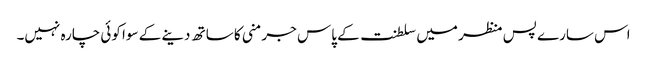
اس سارے پس منظر میں سلطنت کے پاس جرمنی کا ساتھ دینے کے سوا کوئی چارہ نہیں۔